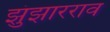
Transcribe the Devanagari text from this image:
झुंझारराव